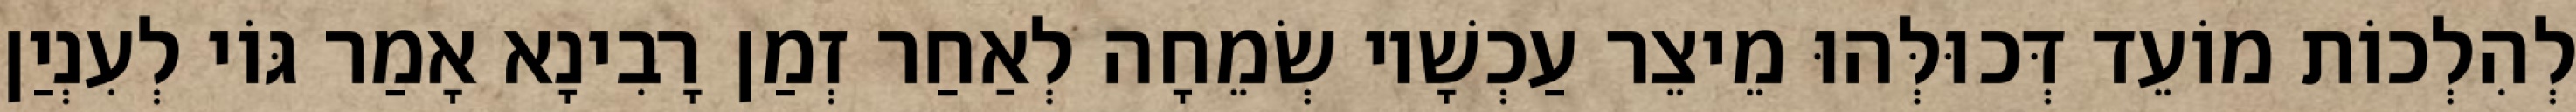
לְהִלְכוֹת מוֹעֵד דְּכוּלְּהוּ מֵיצֵר עַכְשָׁיו שְׂמֵחָה לְאַחַר זְמַן רָבִינָא אָמַר גּוֹי לְעִנְיַן